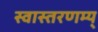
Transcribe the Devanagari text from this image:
स्वास्तरणम्य्